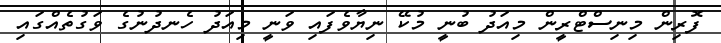
ފޮރިން މިނިސްޓްރީން މިއަދު ބުނީ މުކޭ ނިޔާވެފައި ވަނީ މިއަދު ހެނދުނުގެ ވަގުތެއްގައި